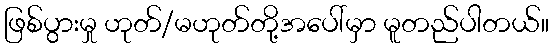
ဖြစ်ပွားမှု ဟုတ်/မဟုတ်တို့အပေါ်မှာ မူတည်ပါတယ်။